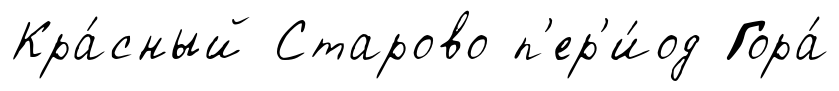
Кра́сный Старово п'ер'и́од Гора́